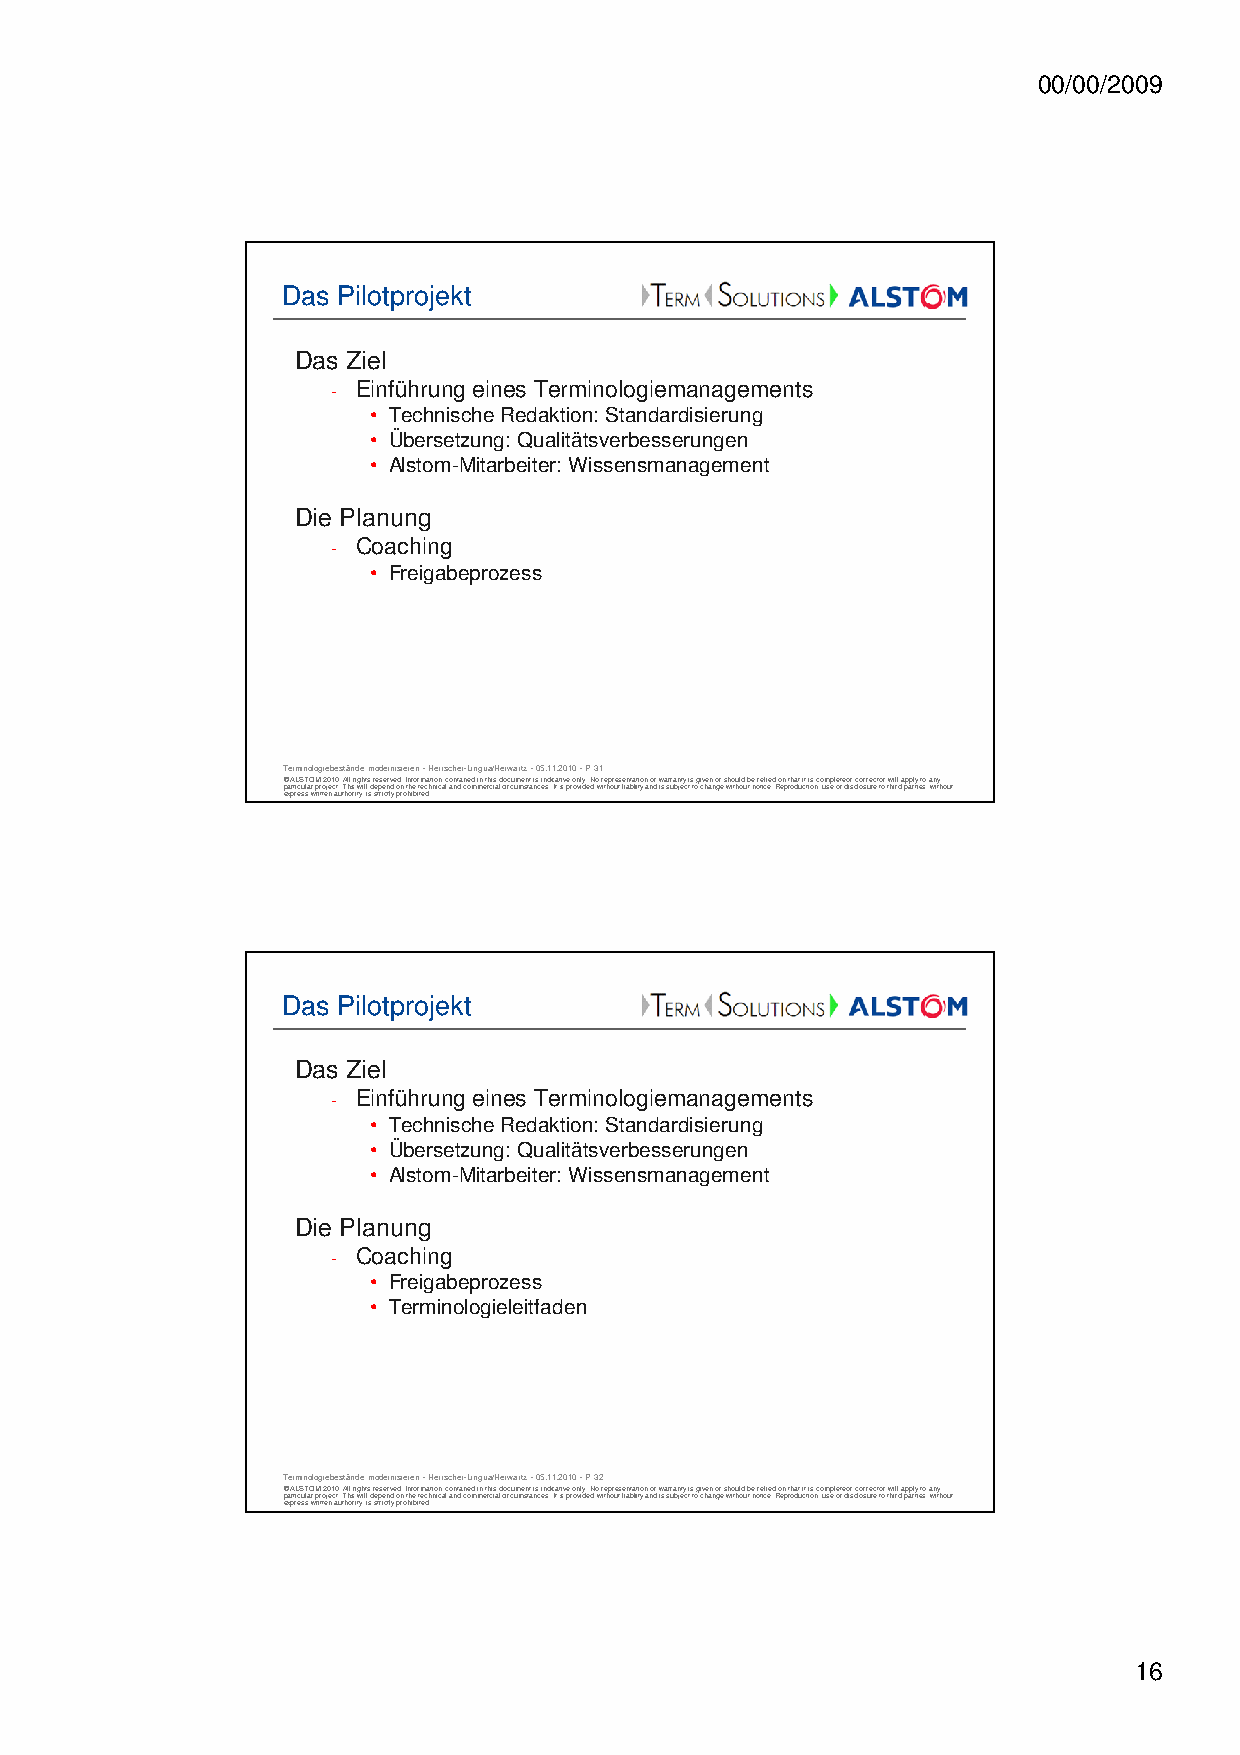
00/00/2009
 Das Pilotprojekt
 Das Ziel
 - Einführung eines Terminologiemanagements
 • Technische Redaktion: Standardisierung
 • Übersetzung: Qualitätsverbesserungen
 • Alstom-Mitarbeiter: Wissensmanagement
 Die Planung
 - Coaching
 • Freigabeprozess
 Terminologiebestände modernisieren -Herrscher-Lingua/Herwartz -05.11.2010 -P 31
 © ALSTOM 2010. All rights reserved. Information contained in this document is indicative only. No representation or warranty is given or should be relied on that it is complete or correct or will apply to any
 particular project. This will depend on the technical and commercial circumstances. It is provided without liability and is subject to change without notice. Reproduction, use or disclosure to third parties, without
 express written authority, is strictly prohibited.
 Das Pilotprojekt
 Das Ziel
 - Einführung eines Terminologiemanagements
 • Technische Redaktion: Standardisierung
 • Übersetzung: Qualitätsverbesserungen
 • Alstom-Mitarbeiter: Wissensmanagement
 Die Planung
 - Coaching
 • Freigabeprozess
 • Terminologieleitfaden
 Terminologiebestände modernisieren -Herrscher-Lingua/Herwartz -05.11.2010 -P 32
 © ALSTOM 2010. All rights reserved. Information contained in this document is indicative only. No representation or warranty is given or should be relied on that it is complete or correct or will apply to any
 particular project. This will depend on the technical and commercial circumstances. It is provided without liability and is subject to change without notice. Reproduction, use or disclosure to third parties, without
 express written authority, is strictly prohibited.
 16